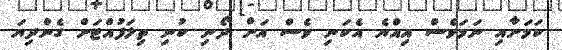
ކަމަށާއި ނަމަވެސް އިއްޔެ އެކަނި ވެސް އަށް ދޯނި ކުނި ތިލަފުއްޓަށް ގެންދިޔަ